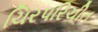
ચિરપરિચીત